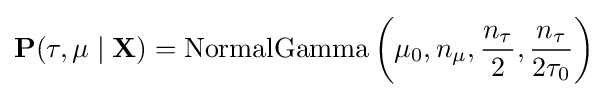
\mathbf {P} (\tau ,\mu \mid \mathbf {X} )=\operatorname {NormalGamma} \left(\mu _{0},n_{\mu },{\frac {n_{\tau }}{2}},{\frac {n_{\tau }}{2\tau _{0}}}\right)